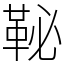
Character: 䩛